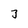
Character: 3